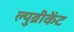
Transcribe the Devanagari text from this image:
ल्युब्रीकेंट